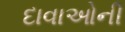
દાવાઓની